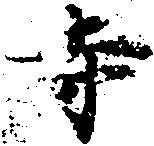
寺